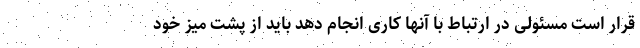
قرار است مسئولی در ارتباط با آنها کاری انجام دهد باید از پشت میز خود